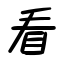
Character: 看